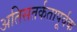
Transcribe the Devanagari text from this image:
अतिसतर्कतापूर्वक